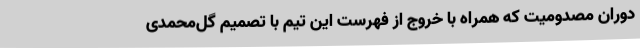
دوران مصدومیت که همراه با خروج از فهرست این تیم با تصمیم گل‌محمدی